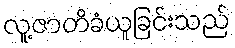
လူ့ဇာတိခံယူခြင်းသည်